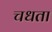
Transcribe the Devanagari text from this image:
चधता